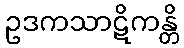
ဥဒကသာဋိကန္တိ